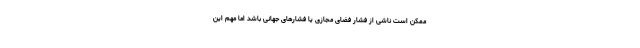
ممکن است ناشی از فشار فضای مجازی یا فشارهای جهانی باشد اما مهم این